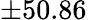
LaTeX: \pm 50.86\